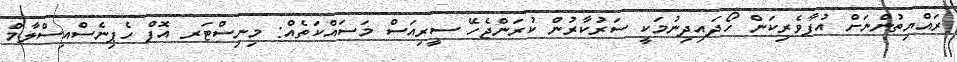
ރައްޔިތުންނަށް އުފާވެރިކަން ހޯދައިދިނުމަކީ ސަރުކާރުން ކުރަންޖެހޭ ސީރިއަސް މަސައްކަތެއް: މިނިސްޓަރ އޮފް ހެޕިނެސްއިސްލާމް